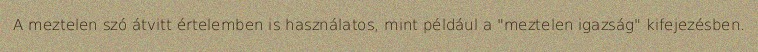
A meztelen szó átvitt értelemben is használatos, mint például a "meztelen igazság" kifejezésben.